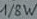
Text: 1/8W